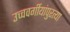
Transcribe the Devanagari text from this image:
उच्चवर्गीयांपुरत्या